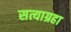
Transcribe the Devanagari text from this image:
सत्याग्रहा